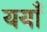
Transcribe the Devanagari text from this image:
ययाँ